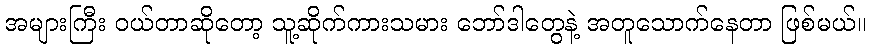
အများကြီး ဝယ်တာဆိုတော့ သူ့ဆိုက်ကားသမား ဘော်ဒါတွေနဲ့ အတူသောက်နေတာ ဖြစ်မယ်။